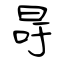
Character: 冔